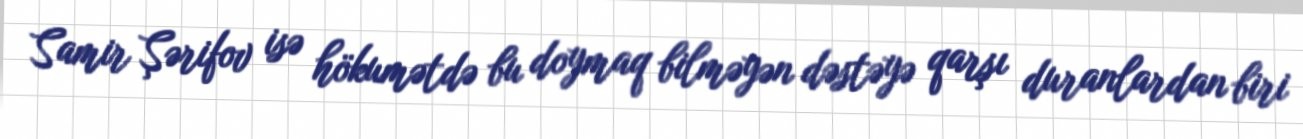
Samir Şərifov isə hökumətdə bu doymaq bilməyən dəstəyə qarşı duranlardan biri